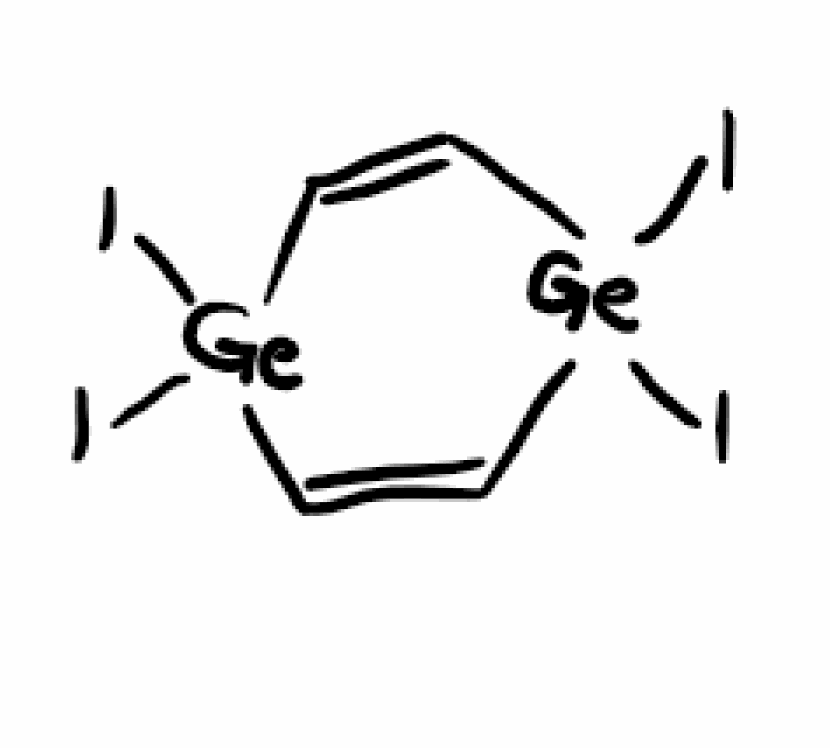
Simplified molecular-input line-entry system (SMILES) notation of the given molecule:
C1=C[Ge](C=C[Ge]1(I)I)(I)I